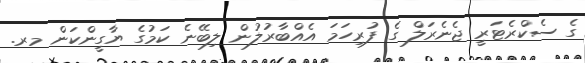
ގެ ސެކްރެޓަރީ ޖެނެރަލް ގެ ފުރިހަމަ އެއްބާރުލުން ލިބޭނެ ކަމުގެ ޔާގީންކަން މރ.